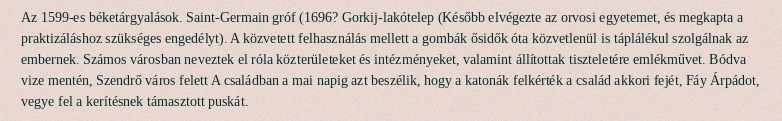
Az 1599-es béketárgyalások. Saint-Germain gróf (1696? Gorkij-lakótelep (Később elvégezte az orvosi egyetemet, és megkapta a praktizáláshoz szükséges engedélyt). A közvetett felhasználás mellett a gombák ősidők óta közvetlenül is táplálékul szolgálnak az embernek. Számos városban neveztek el róla közterületeket és intézményeket, valamint állítottak tiszteletére emlékművet. Bódva vize mentén, Szendrő város felett A családban a mai napig azt beszélik, hogy a katonák felkérték a család akkori fejét, Fáy Árpádot, vegye fel a kerítésnek támasztott puskát.